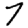
Digit: 7